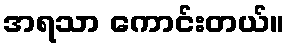
အရသာ ကောင်းတယ်။